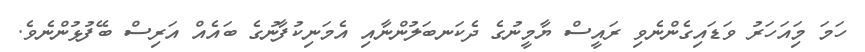
ހަމަ މިައަހަރު ވަޑައިގެންނެވި ރައީސް ޔާމީނުގެ ދެކަނބަލުންނާއި އެމަނިކުފާނުގެ ބައެއް އަރިސް ބޭފުޅުންނެވެ.